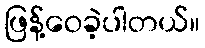
ဖြန့်ဝေခဲ့ပါတယ်။